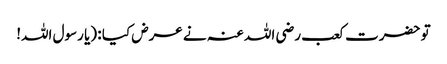
تو حضرت کعب رضی اللہ عنہ نے عرض کیا : (یا رسول اللہ!